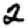
Digit: 2